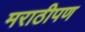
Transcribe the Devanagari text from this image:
मराठीपण